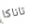
تاناكا